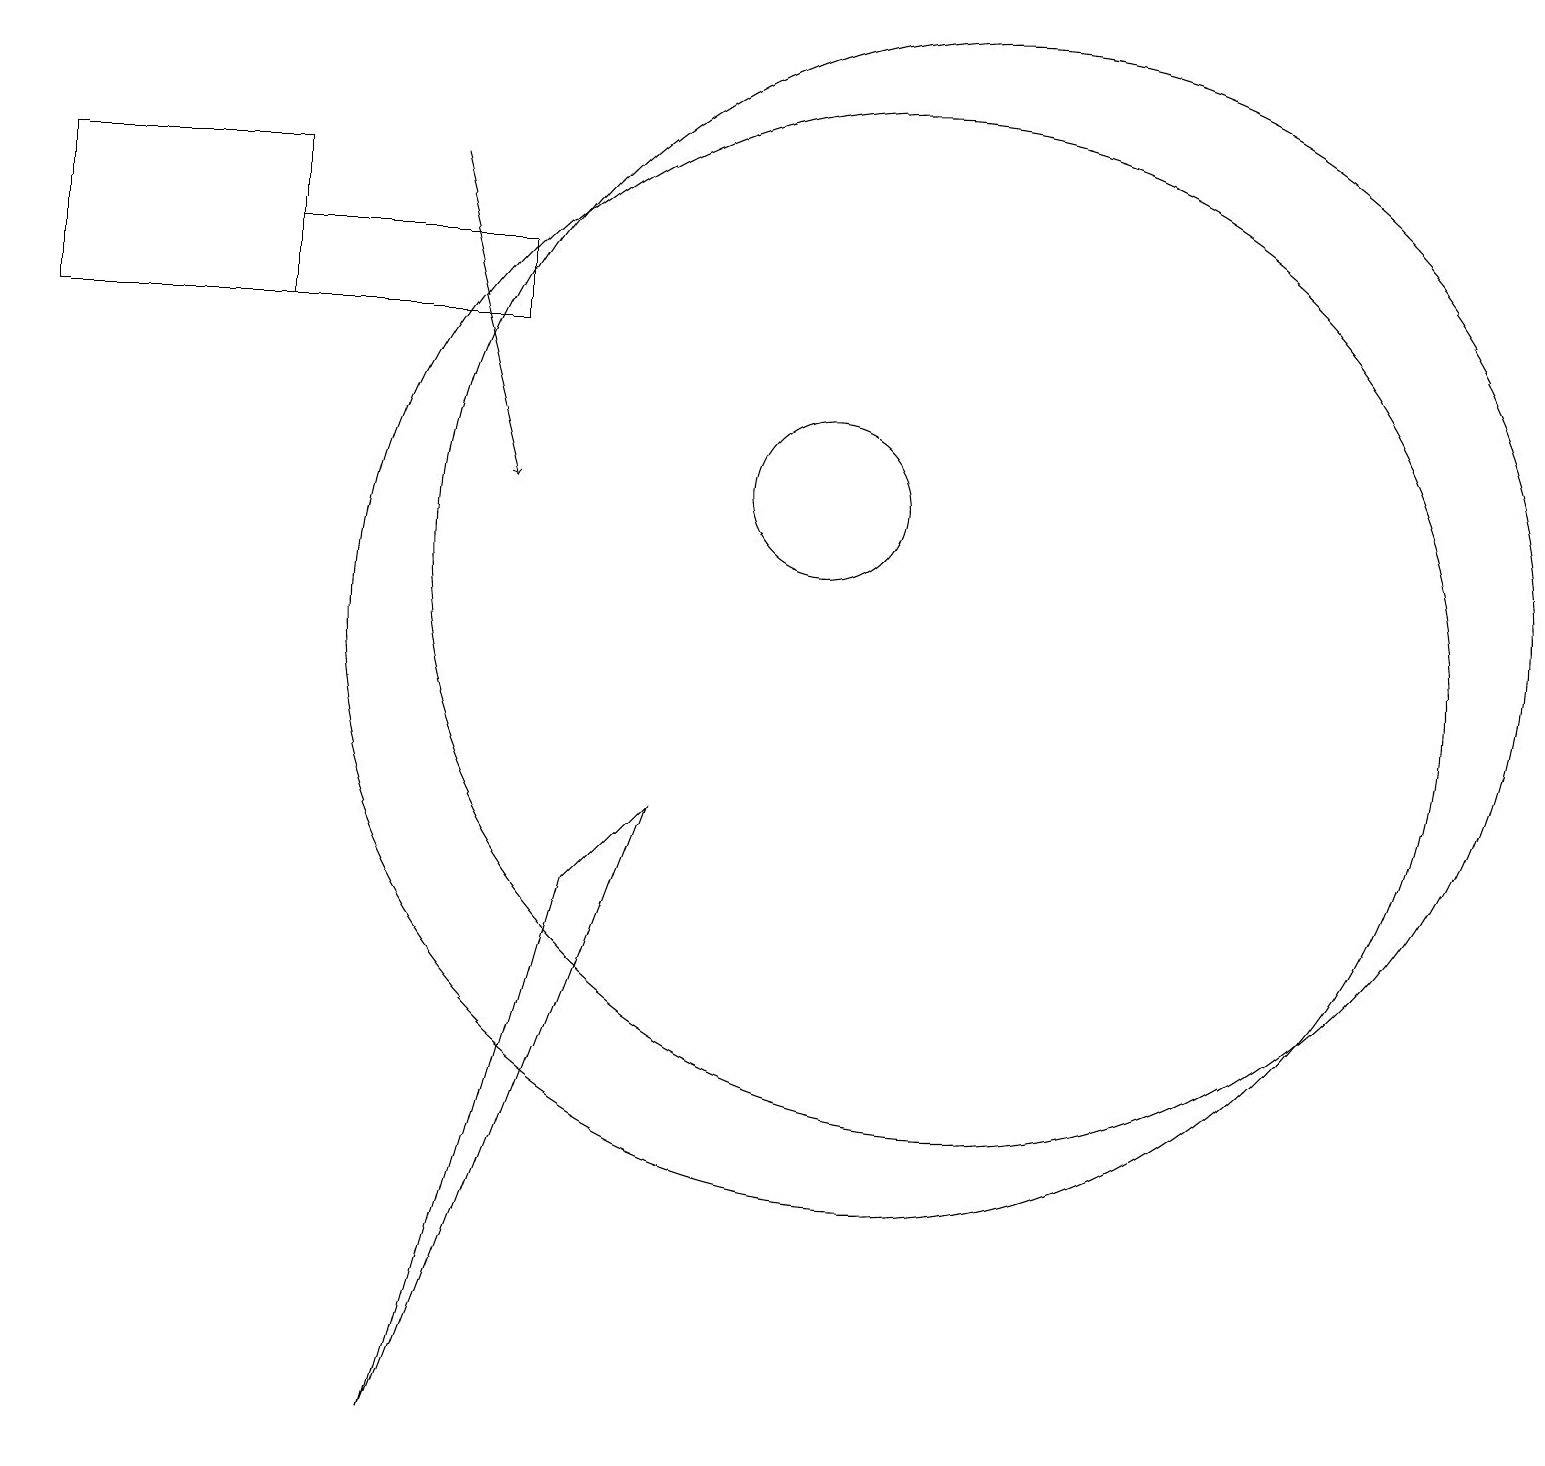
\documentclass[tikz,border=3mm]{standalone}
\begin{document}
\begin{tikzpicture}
\draw[->] (5,16) -- (6,12);
\draw (11,10) circle (7);
\draw (12,11) circle (7);
\draw (3,14) rectangle (6,15);
\draw (0,16) rectangle (3,14);
\draw (8,8) -- (7,7) -- (5,0) -- cycle;
\draw (10,12) circle (1);
\draw (11,11) circle (0);
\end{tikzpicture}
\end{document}